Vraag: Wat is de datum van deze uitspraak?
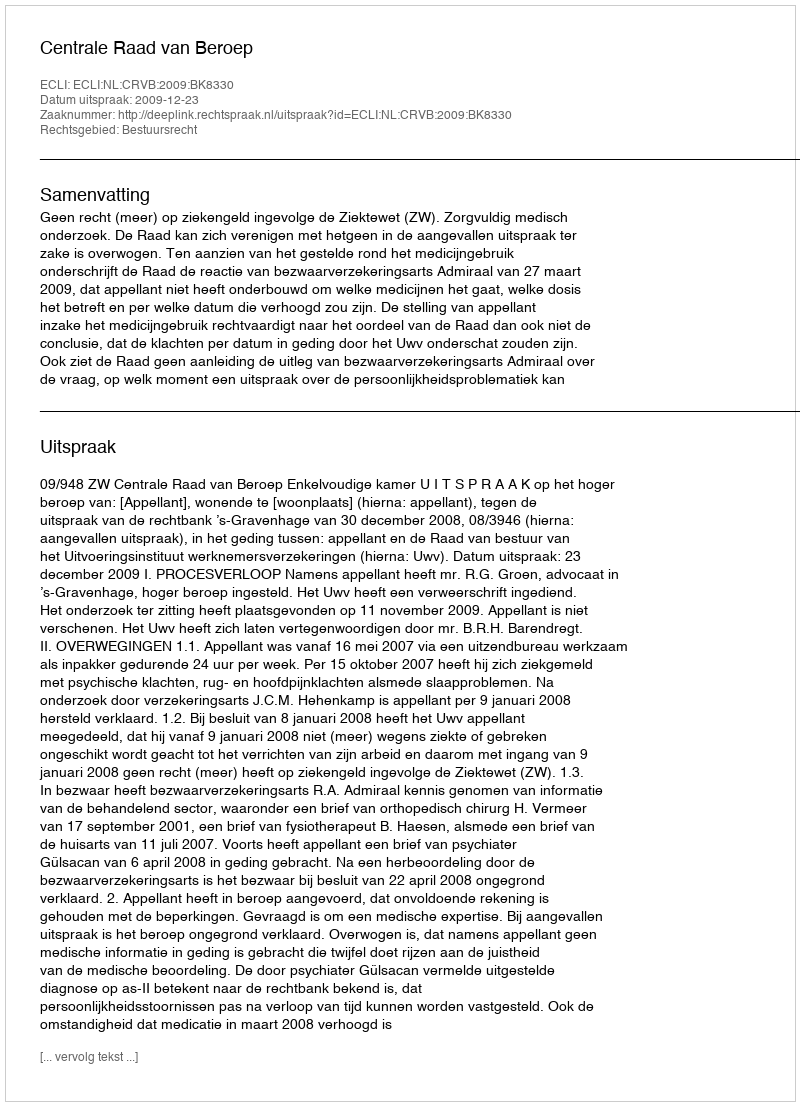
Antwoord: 2009-12-23